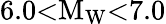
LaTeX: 6.0{<}\mathrm{M}_{\mathrm{W}}{<}7.0